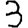
Digit: 3